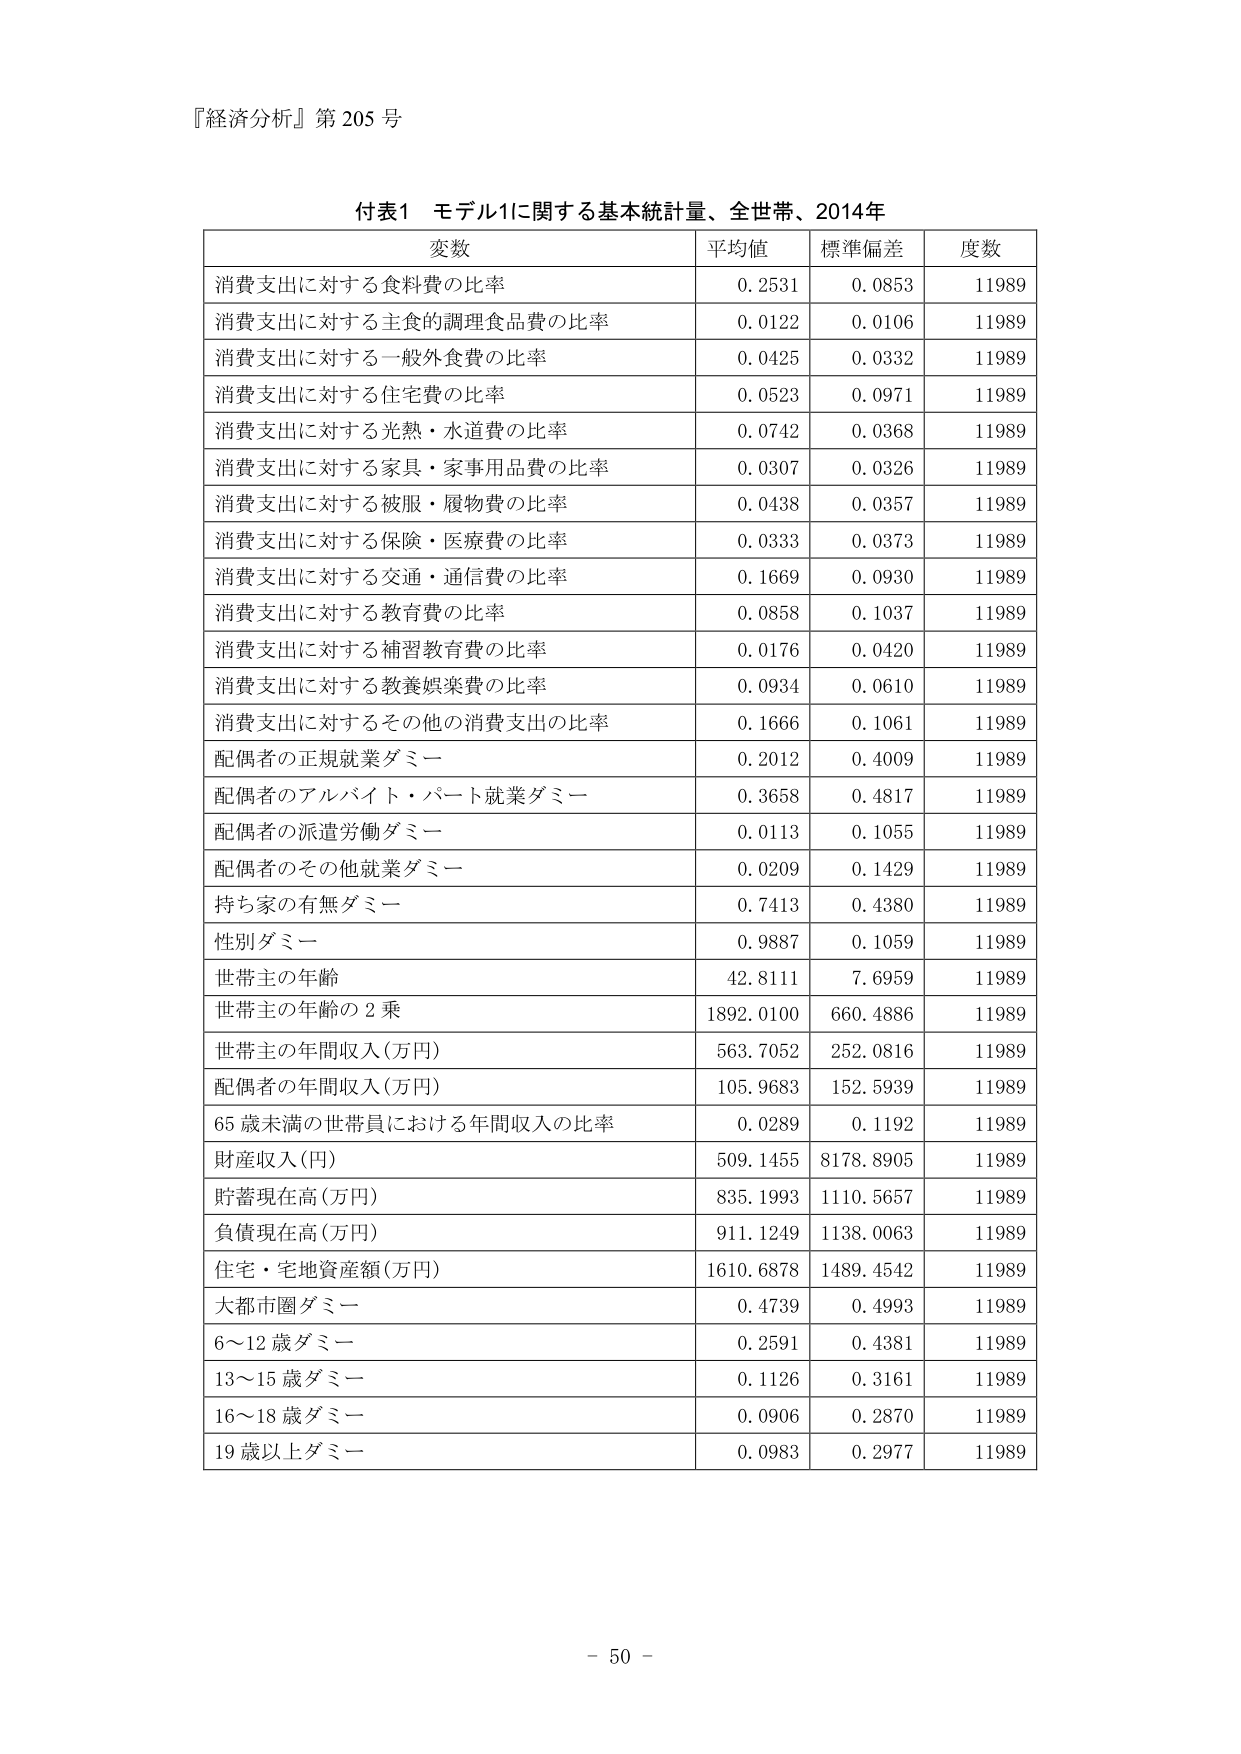
『経済分析』第205号

付表1 モデル1に関する基本統計量、全世帯、2014年

変数 平均値 標準偏差 度数
消費支出に対する食料費の比率 0.2531 0.0853 11989
消費支出に対する主食的調理食品費の比率 0.0122 0.0106 11989
消費支出に対する一般外食費の比率 0.0425 0.0332 11989
消費支出に対する住宅費の比率 0.0523 0.0971 11989
消費支出に対する光熱・水道費の比率 0.0742 0.0368 11989
消費支出に対する家具・家事用品費の比率 0.0307 0.0326 11989
消費支出に対する被服・履物費の比率 0.0438 0.0357 11989
消費支出に対する保険・医療費の比率 0.0333 0.0373 11989
消費支出に対する交通・通信費の比率 0.1669 0.0930 11989
消費支出に対する教育費の比率 0.0858 0.1037 11989
消費支出に対する補習教育費の比率 0.0176 0.0420 11989
消費支出に対する教養娯楽費の比率 0.0934 0.0610 11989
消費支出に対するその他の消費支出の比率 0.1666 0.1061 11989
配偶者の正規就業ダミー 0.2012 0.4009 11989
配偶者のアルバイト・パート就業ダミー 0.3658 0.4817 11989
配偶者の派遣労働ダミー 0.0113 0.1055 11989
配偶者のその他就業ダミー 0.0209 0.1429 11989
持ち家の有無ダミー 0.7413 0.4380 11989
性別ダミー 0.9887 0.1059 11989
世帯主の年齢 42.8111 7.6959 11989
世帯主の年齢の2乗 1892.0100 660.4886 11989
世帯主の年間収入(万円) 563.7052 252.0816 11989
配偶者の年間収入(万円) 105.9683 152.5939 11989
65歳未満の世帯員における年間収入の比率 0.0289 0.1192 11989
財産収入(円) 509.1455 8178.8905 11989
貯蓄現在高(万円) 835.1993 1110.5657 11989
負債現在高(万円) 911.1249 1138.0063 11989
住宅・宅地資産額(万円) 1610.6878 1489.4542 11989
大都市圏ダミー 0.4739 0.4993 11989
6～12歳ダミー 0.2591 0.4381 11989
13～15歳ダミー 0.1126 0.3161 11989
16～18歳ダミー 0.0906 0.2870 11989
19歳以上ダミー 0.0983 0.2977 11989

- 50 -